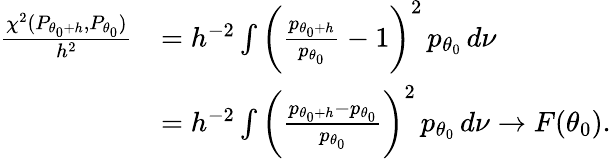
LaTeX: \begin{array}{rl}{\frac{\chi^{2}(P_{{\theta_{0}}+h},P_{\theta_{0}})}{h^{2}}}&{=h^{-2}\int\bigg(\frac{p_{{\theta_{0}}+h}}{p_{\theta_{0}}}-1\bigg)^{2}\, p_{\theta_{0}}\, d\nu}\\ &{=h^{-2}\int\bigg(\frac{p_{{\theta_{0}}+h}-p_{\theta_{0}}}{p_{\theta_{0}}}\bigg)^{2}\, p_{\theta_{0}}\, d\nu\rightarrow F({\theta_{0}}).}\end{array}